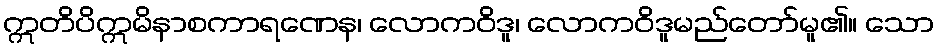
ဣတိပိဣမိနာစကာရဏေန၊ လောကဝိဒူ၊ လောကဝိဒူမည်တော်မူ၏။ သော